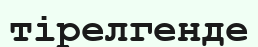
тірелгенде